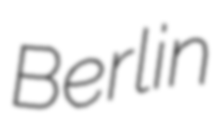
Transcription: Berlin